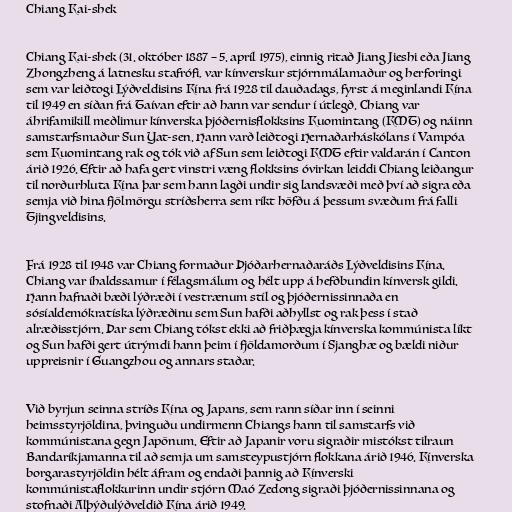
Chiang Kai-shek

Chiang Kai-shek (31. október 1887 – 5. apríl 1975), einnig ritað Jiang Jieshi eða Jiang
Zhongzheng á latnesku stafrófi, var kínverskur stjórnmálamaður og herforingi
sem var leiðtogi Lýðveldisins Kína frá 1928 til dauðadags, fyrst á meginlandi Kína
til 1949 en síðan frá Taívan eftir að hann var sendur í útlegð. Chiang var
áhrifamikill meðlimur kínverska þjóðernisflokksins Kuomintang (KMT) og náinn
samstarfsmaður Sun Yat-sen. Hann varð leiðtogi Hernaðarháskólans í Vampóa
sem Kuomintang rak og tók við af Sun sem leiðtogi KMT eftir valdarán í Canton
árið 1926. Eftir að hafa gert vinstri væng flokksins óvirkan leiddi Chiang leiðangur
til norðurhluta Kína þar sem hann lagði undir sig landsvæði með því að sigra eða
semja við hina fjölmörgu stríðsherra sem ríkt höfðu á þessum svæðum frá falli
Tjingveldisins.

Frá 1928 til 1948 var Chiang formaður Þjóðarhernaðaráðs Lýðveldisins Kína.
Chiang var íhaldssamur í félagsmálum og hélt upp á hefðbundin kínversk gildi.
Hann hafnaði bæði lýðræði í vestrænum stíl og þjóðernissinnaða en
sósíaldemókratíska lýðræðinu sem Sun hafði aðhyllst og rak þess í stað
alræðisstjórn. Þar sem Chiang tókst ekki að friðþægja kínverska kommúnista líkt
og Sun hafði gert útrýmdi hann þeim í fjöldamorðum í Sjanghæ og bældi niður
uppreisnir í Guangzhou og annars staðar.

Við byrjun seinna stríðs Kína og Japans, sem rann síðar inn í seinni
heimsstyrjöldina, þvinguðu undirmenn Chiangs hann til samstarfs við
kommúnistana gegn Japönum. Eftir að Japanir voru sigraðir mistókst tilraun
Bandaríkjamanna til að semja um samsteypustjórn flokkana árið 1946. Kínverska
borgarastyrjöldin hélt áfram og endaði þannig að Kínverski
kommúnistaflokkurinn undir stjórn Maó Zedong sigraði þjóðernissinnana og
stofnaði Alþýðulýðveldið Kína árið 1949.